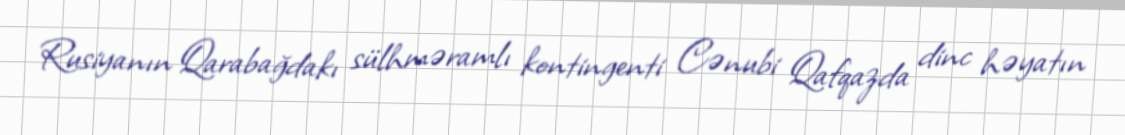
Rusiyanın Qarabağdakı sülhməramlı kontingenti Cənubi Qafqazda dinc həyatın